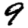
Digit: 9